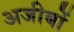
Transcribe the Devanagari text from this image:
अजीबों